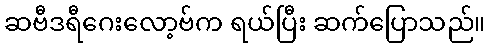
ဆဗီဒရီဂေးလော့ဗ်က ရယ်ပြီး ဆက်ပြောသည်။